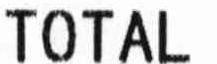
TOTAL